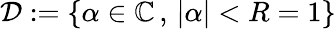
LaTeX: \mathcal{D}:=\{ \alpha\in\mathbb{C}\, ,\, \vert\alpha\vert<R=1\}